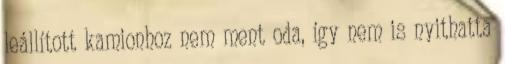
leállított kamionhoz nem ment oda, így nem is nyithatta